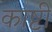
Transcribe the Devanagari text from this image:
काष्टी